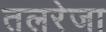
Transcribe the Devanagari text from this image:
तलरेजा